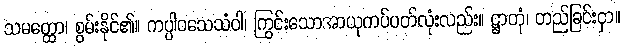
သမတ္ထော၊ စွမ်းနိုင်၏။ ကပ္ပါဝသေသံဝါ၊ ကြွင်းသောအာယုကပ်ပတ်လုံးလည်း။ ဋ္ဌာတုံ၊ တည်ခြင်းငှာ။